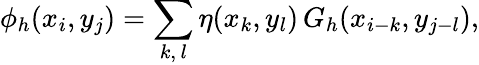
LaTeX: \phi_{h}(x_{i},y_{j})=\sum_{k,\, l}\eta(x_{k},y_{l})\, G_{h}(x_{i-k},y_{j-l}),